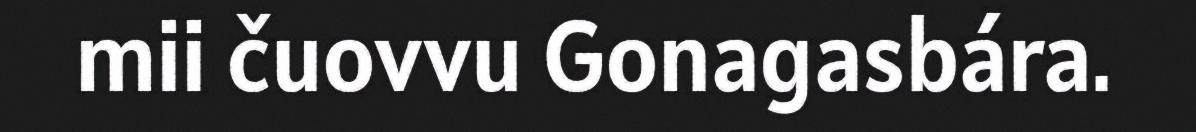
mii čuovvu Gonagasbára.